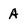
Character: A